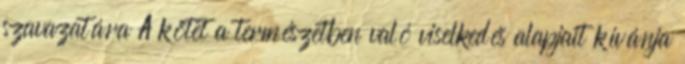
szavazatára A kötet a természetben való viselkedés alapjait kívánja